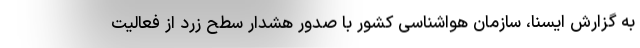
به گزارش ایسنا، سازمان هواشناسی کشور با صدور هشدار سطح زرد از فعالیت